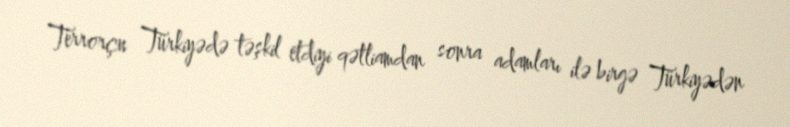
Terrorçu Türkiyədə təşkil etdiyi qətliamdan sonra adamları ilə birgə Türkiyədən